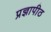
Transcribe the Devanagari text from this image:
प्रज्ञापीठ